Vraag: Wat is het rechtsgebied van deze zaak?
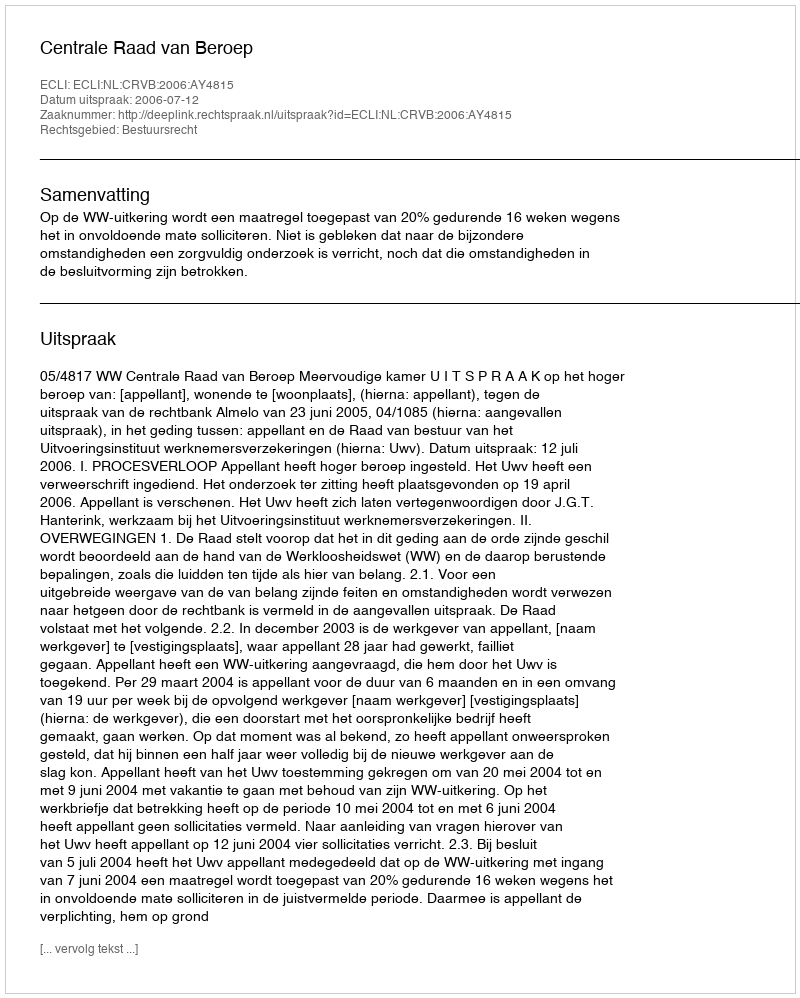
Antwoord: Bestuursrecht